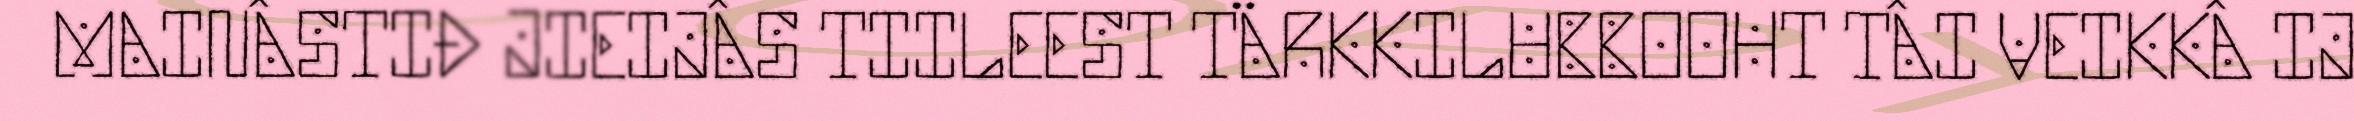
MAINÂSTIĐ JIEIJÂS TIILEEST TÄRKKILUBBOOHT TÂI VEIKKÂ IJ